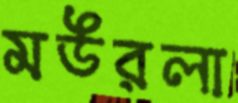
মউরলা